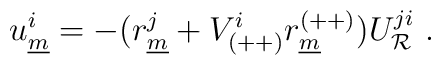
u^i_{\underline{m}} = - (r^j_{\underline{m}}+  V_{(++)}^i r^{(++)}_{\underline{m}}) U^{ji}_{{\cal R}}~.